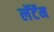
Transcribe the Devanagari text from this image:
लॅटॅम